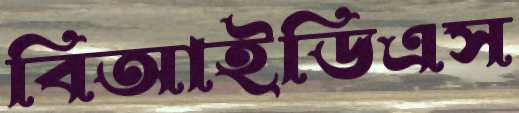
বিআইডিএস